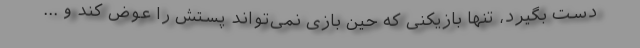
دست بگیرد، تنها بازیکنی که حین بازی نمی‌تواند پستش را عوض کند و ...